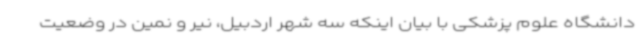
دانشگاه علوم پزشکی با بیان اینکه سه شهر اردبیل، نیر و نمین در وضعیت